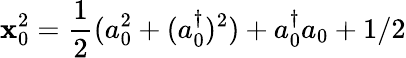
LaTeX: \mathbf{x}_{0}^{2}=\frac{{1}}{{2}}(a_{0}^{2}+(a_{0}^{\dagger})^{2})+a_{0}^{\dagger}a_{0}+1/2